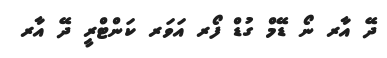
ދޭ އާރ ނޯ ޑޭމް ގުޑް ފޯރ އަވަރ ކަންޓްރީ ދޭ އާރ